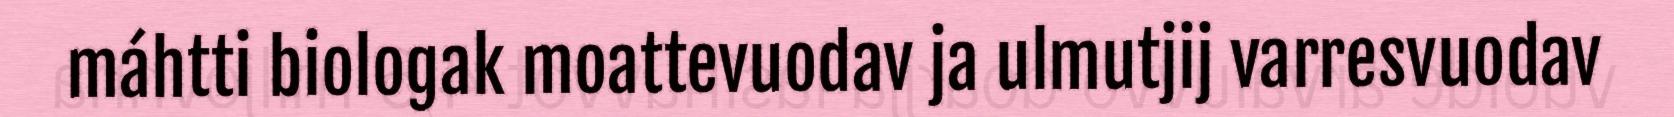
máhtti biologak moattevuodav ja ulmutjij varresvuodav